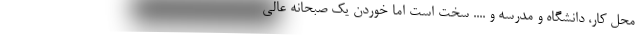
محل کار، دانشگاه و مدرسه و .... سخت است اما خوردن یک صبحانه عالی